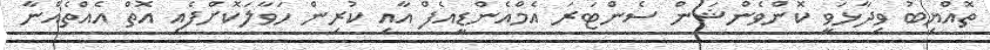
ތޮއްޔިބު ވިދާޅަވީ ކޮންވެންޝަން ސެންޓަރަ އެމްއެންޑީއެފް އާއި ކުރިން ހަވާލަކޮށްފެއި އޮތް އެއްތެއްނާ